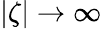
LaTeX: |\zeta|\rightarrow\infty